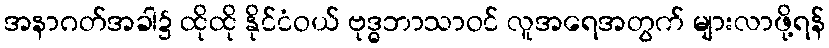
အနာဂတ်အခါ၌ ထိုထို နိုင်ငံဝယ် ဗုဒ္ဓဘာသာဝင် လူအရေအတွက် များလာဖို့ရန်